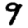
Digit: 9